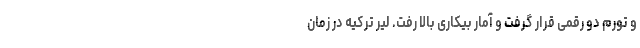
و تورم دو رقمی قرار گرفت و آمار بیکاری بالا رفت. لیر ترکیه در زمان